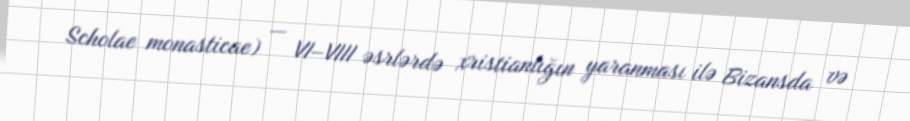
Scholae monasticae) — VI–VIII əsrlərdə xristianlığın yaranması ilə Bizansda və